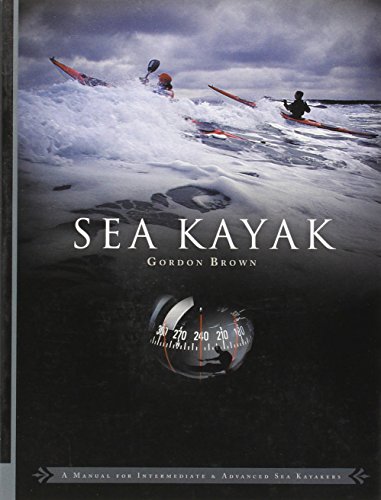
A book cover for Sea Kayak: A Manual for Intermediate and Advanced Sea Kayakers; Gordon Brown; Sports & Outdoors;